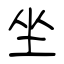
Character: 坐